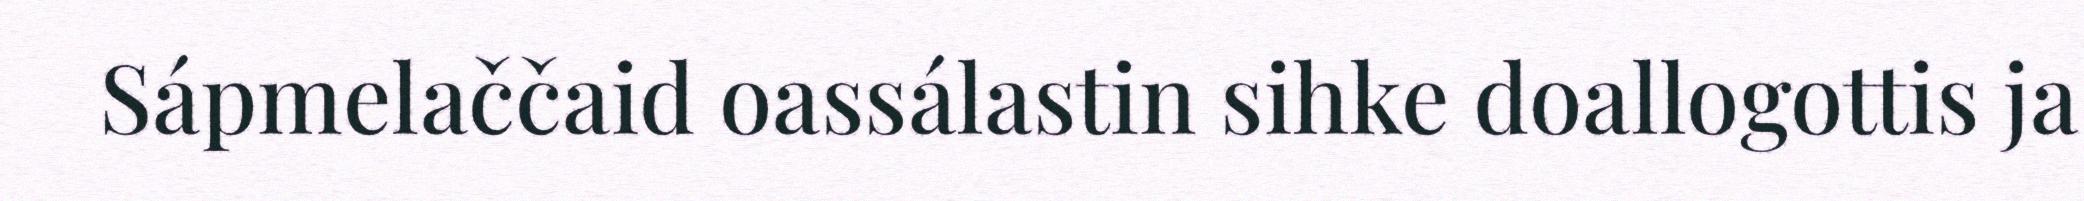
Sápmelaččaid oassálastin sihke doallogottis ja